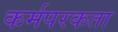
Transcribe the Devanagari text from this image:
कर्मपरकता